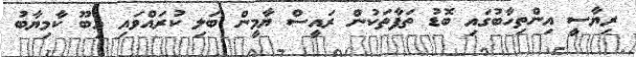
ރިޔާސީ އިންތިހާބުގައި ބޮޑު ތަފާތަކުން ރައީސް ޔާމީން ބަލި ކުރައްވައި އިބޫ ކާމިޔާބު